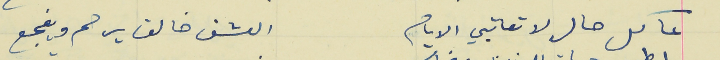
عا كل حال لا تعاتبي الايام                                        العشق خالق يرحم ويفجع